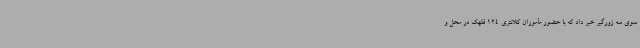
سوی سه زورگیر خبر داد که با حضور مأموران کلانتری 124 قلهک در محل و